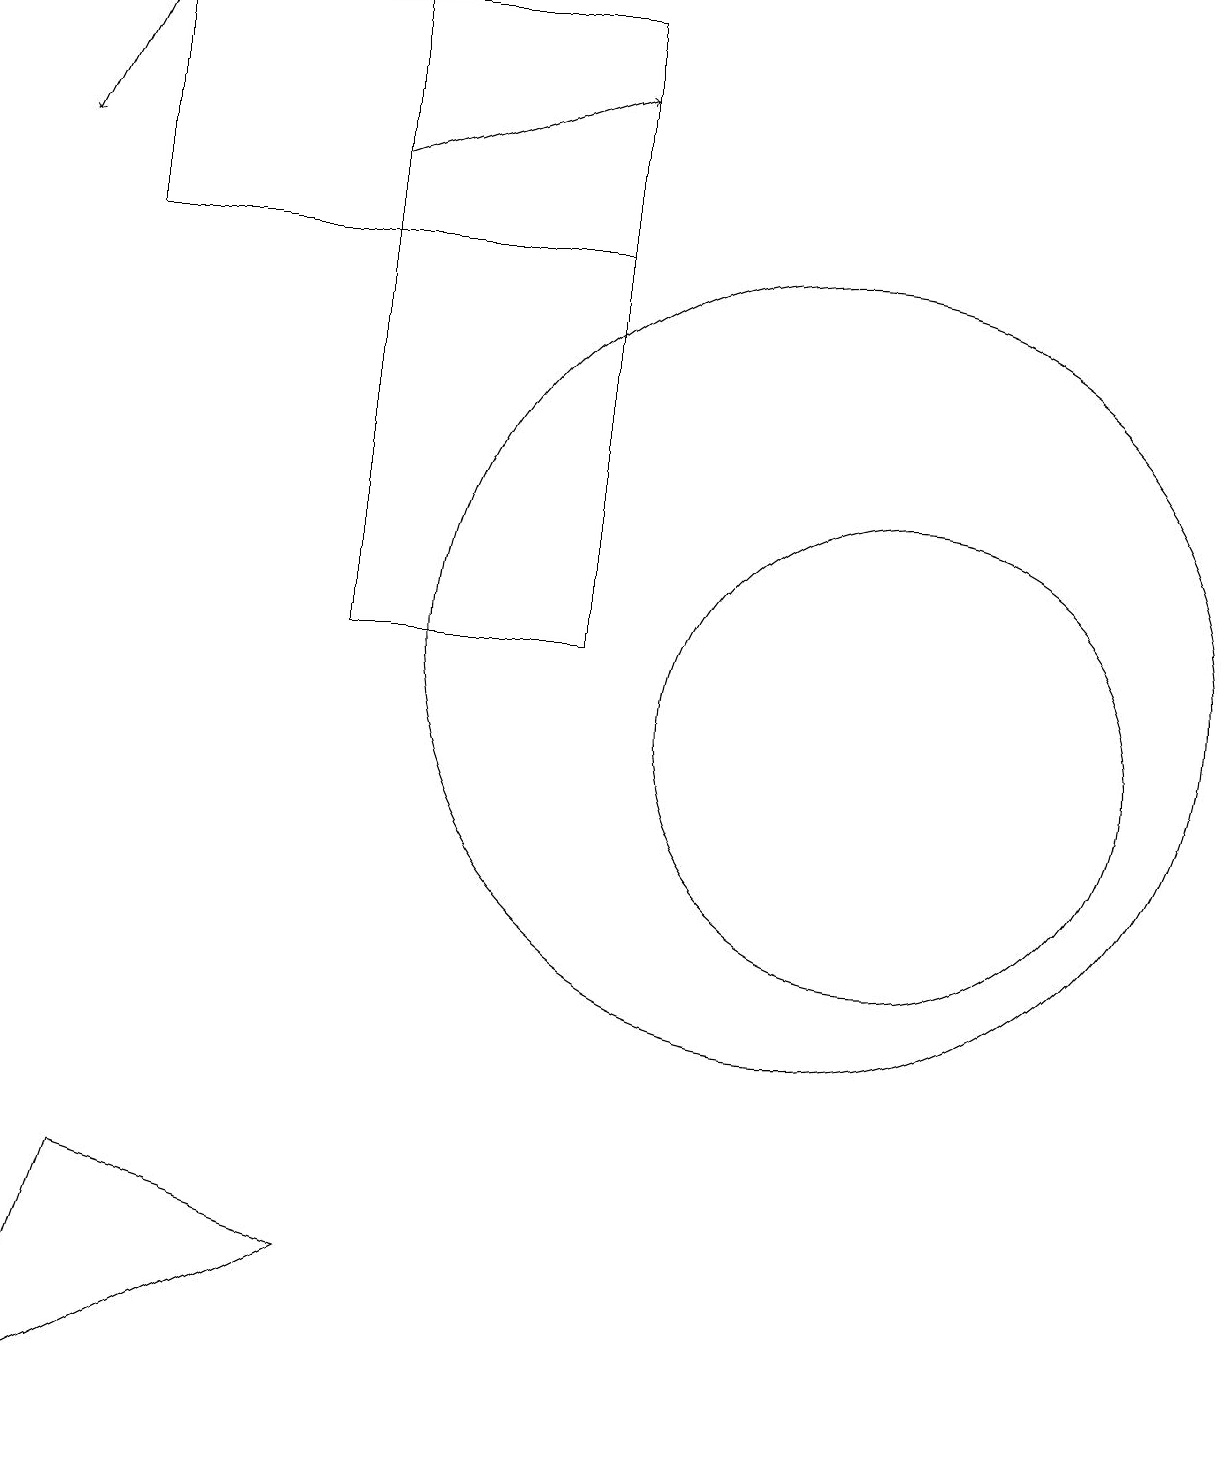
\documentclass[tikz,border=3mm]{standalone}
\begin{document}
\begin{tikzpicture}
\draw (4,3) -- (1,4) -- (0,1) -- cycle;
\draw[->] (1,19) -- (0,17);
\draw (4,19) rectangle (7,11);
\draw (11,10) circle (3);
\draw (10,11) circle (5);
\draw[->] (4,17) -- (7,18);
\draw (7,16) rectangle (1,19);
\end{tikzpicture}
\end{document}